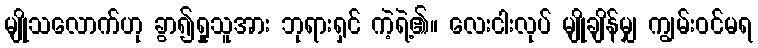
မျိုသလောက်ဟု ခွာ၍ရှုသူအား ဘုရားရှင် ကဲ့ရဲ့၏။ လေးငါးလုပ် မျိုချိန်မျှ ကျွမ်းဝင်မရ